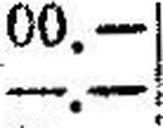
—.—